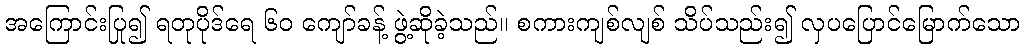
အကြောင်းပြု၍ ရတုပိုဒ်ရေ ၆၀ ကျော်ခန့် ဖွဲ့ဆိုခဲ့သည်။ စကားကျစ်လျစ် သိပ်သည်း၍ လှပပြောင်မြောက်သော